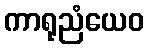
ကာရုညံယေဝ